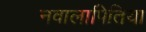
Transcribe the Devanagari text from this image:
नवालापितिया